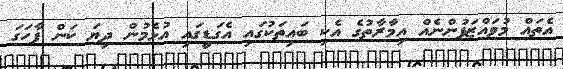
އެތައް މުވައްޒަފުންނެއް އިމާރާތުގެ އެކި ބައިތަކުގައި އެގަޑީގައި އުޅެމުން ދިޔަ ކަން ފާހަގަ